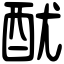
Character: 𨠄